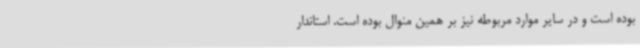
بوده است و در سایر موارد مربوطه نیز بر همین منوال بوده است. استاندار